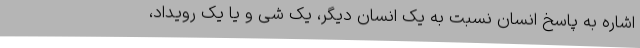
اشاره به پاسخ انسان نسبت به یک انسان دیگر، یک شی و یا یک رویداد،